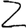
Digit: 2